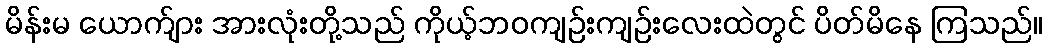
မိန်းမ ယောက်ျား အားလုံးတို့သည် ကိုယ့်ဘဝကျဉ်းကျဉ်းလေးထဲတွင် ပိတ်မိနေ ကြသည်။